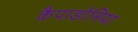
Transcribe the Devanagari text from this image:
कैपाडोसिया